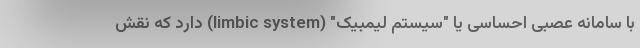
با سامانه عصبی احساسی یا "سیستم لیمبیک" (limbic system) دارد که نقش